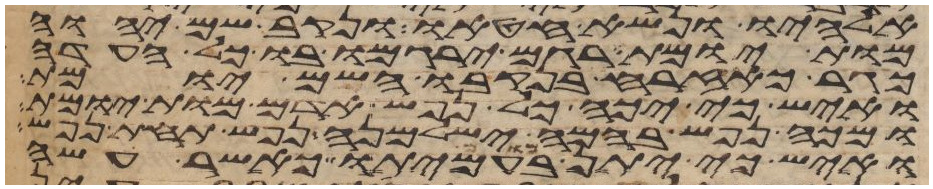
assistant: אלהיו ונשא חטאו ונקב שם יהוה
מות יומת רגם ירגמו בו כל העדה
כגר כאזרח בנקבו השם יומת
ואיש כי יכה כל נפש אדם מות יומת
ומכה נפש בהמה ישלמנה נפש תחת נפש
ואיש כי יתן מום בעמיתו כאשר עשה